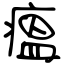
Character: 瘟